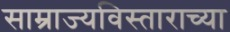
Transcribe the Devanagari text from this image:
साम्राज्यविस्ताराच्या